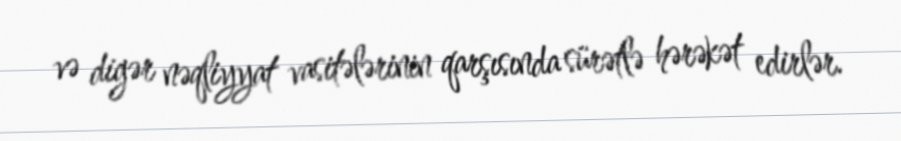
və digər nəqliyyat vasitələrinin qarşısında sürətlə hərəkət edirlər.